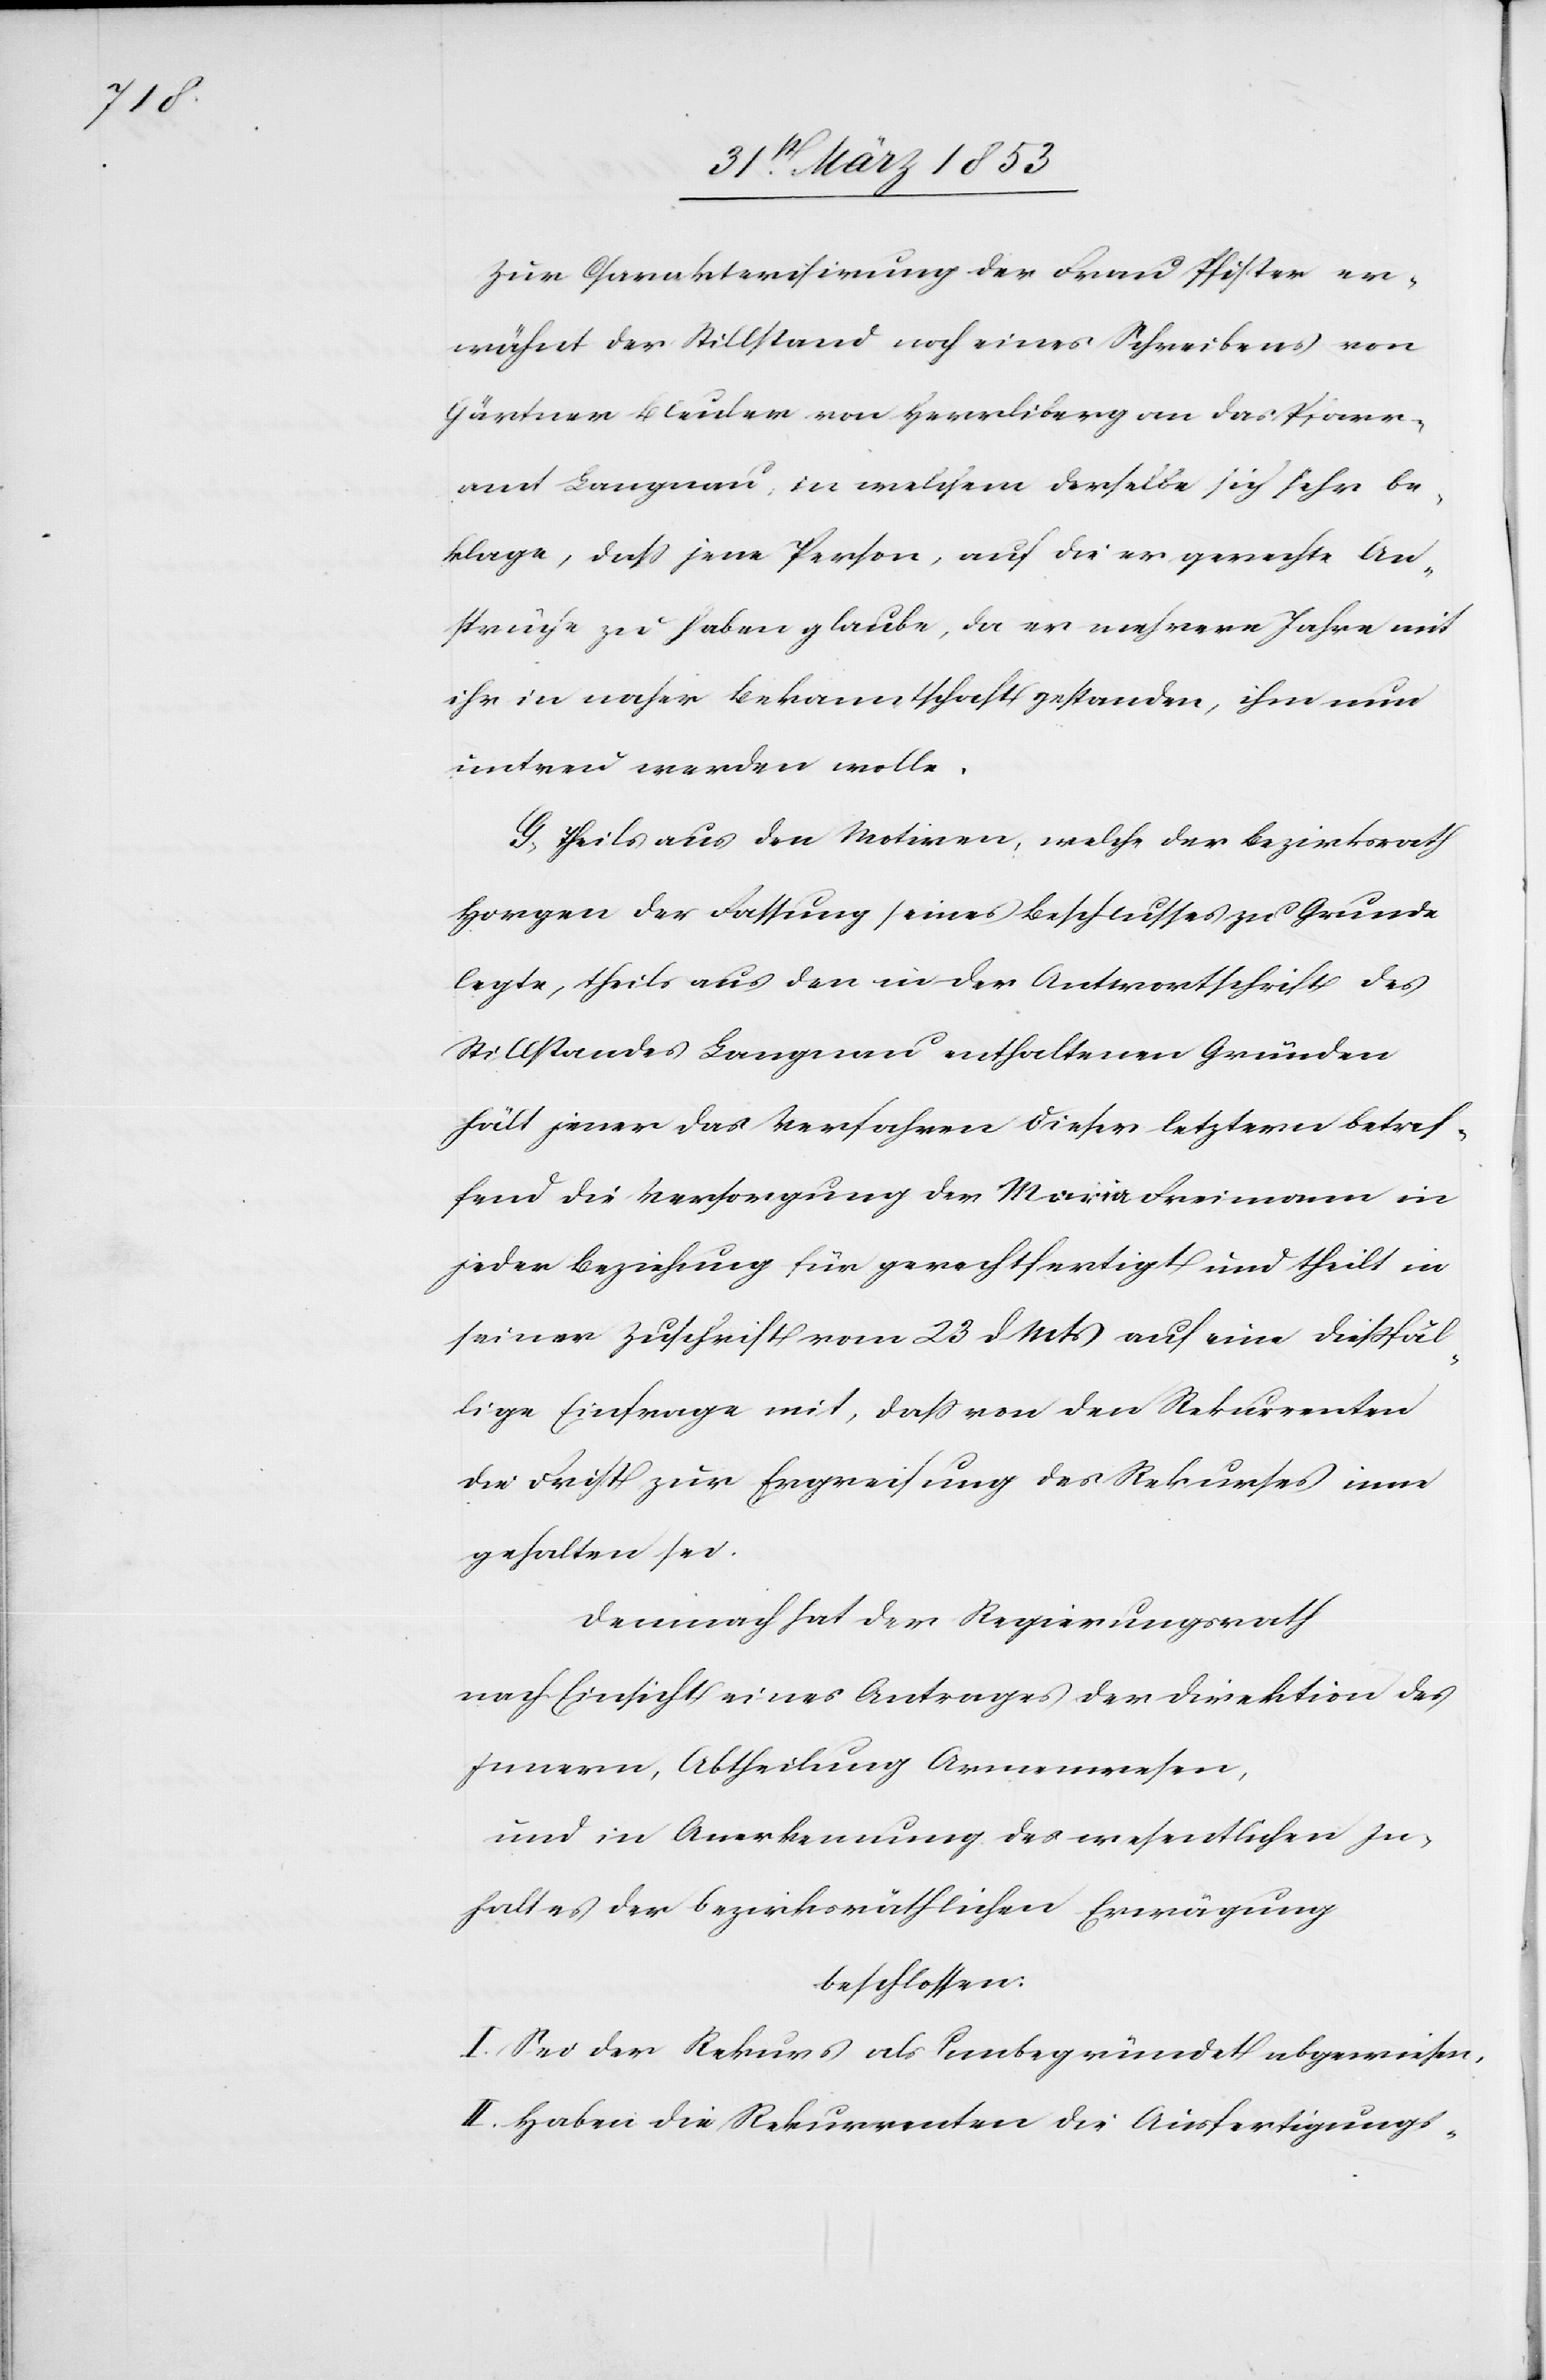
Zur Charakterisirung der Frau Pfister er¬
wähnt der Stillstand noch eines Schreibens von
Gärtner Bleuler von Herrliberg an das Pfarr¬
amt Langnau, in welchem derselbe sich sehr be¬
klage, daß jene Person, auf die er gerechten An¬
spruche zu haben glaube, da er mehrere Jahre mit
ihr in naher Bekanntschaft gestanden, ihm nun
untreu werden wolle.
G. Theils aus den Motiven, welche der Bezirksrath
Horgen der Fassung seines Beschlusses zu Grunde
legte, theils aus den in der Antwortlichkeit des
Stillstandes Langnau enthaltenen Gründen
hält jener das Verfahren dieser letztern betref¬
fend die Versorgung der Maria Freimann in
jeder Beziehung für gerechtfertigt und theilt in
seiner Zuschrift vom 23 d. Mts. auf eine dießfäl¬
lige Einfrage mit, daß von den Rekurrenten
die Frist zur Ergreifung des Rekurses inne
gehalten sei.
Demnach hat der Regierungsrath
nach Einsicht eines Antrages der Direktion des
und in Anerkennung des wesentlichen In¬
haltes der bezirksräthlichen Erwägung
beschlossen:
I. Sei der Rekurs als unbegründet abgewiesen,
II. Haben die Rekurrenten die Ausfertigungs-